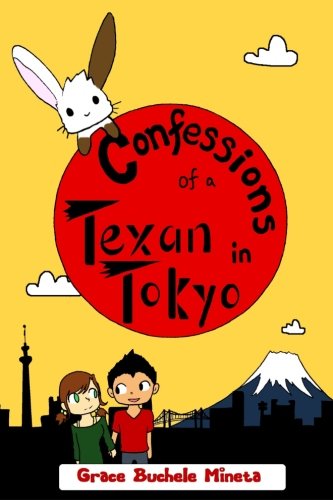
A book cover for Confessions of a Texan in Tokyo (Texan & Tokyo); Grace Buchele Mineta; Comics & Graphic Novels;